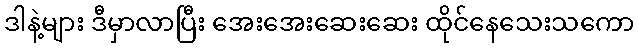
ဒါနဲ့များ ဒီမှာလာပြီး အေးအေးဆေးဆေး ထိုင်နေသေးသကော